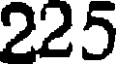
225